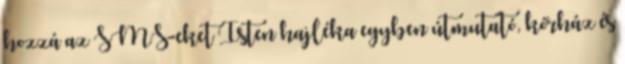
hozzá az SMS-eket Isten hajléka egyben útmutató, kórház és